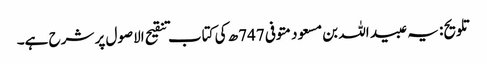
تلویح: یہ عبید اللہ بن مسعود متوفی 747ھ کی کتاب تنقیح الاصول پر شرح ہے۔